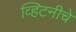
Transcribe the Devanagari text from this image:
व्हिटनीचे